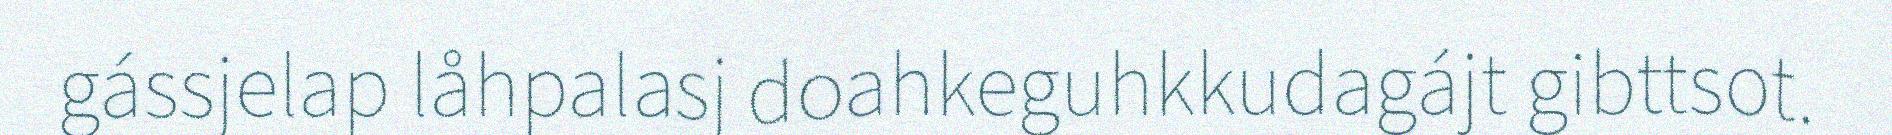
gássjelap låhpalasj doahkeguhkkudagájt gibttsot.